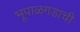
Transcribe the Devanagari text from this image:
भूपाळगडाची